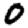
Digit: 0